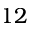
1 2